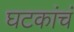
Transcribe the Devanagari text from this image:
घटकांचं